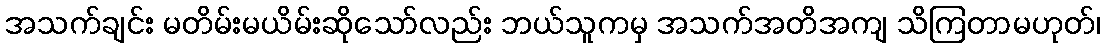
အသက်ချင်း မတိမ်းမယိမ်းဆိုသော်လည်း ဘယ်သူကမှ အသက်အတိအကျ သိကြတာမဟုတ်၊